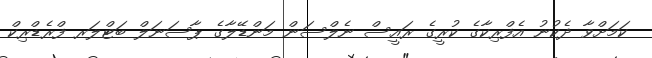
ކަމަށްވާ ދެކުނު އެފްރިކާގެ ކުރީގެ ރައީސް ނެލްސަން މަންޑޭލާގެ ޕާސަނަލް ބަޓްލަރ ފްރެޑްރިކް